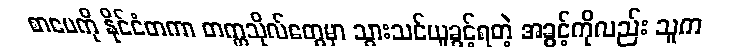
စာပေကို နိုင်ငံတကာ တက္ကသိုလ်တွေမှာ သွားသင်ယူခွင့်ရတဲ့ အခွင့်ကိုလည်း သူက